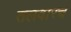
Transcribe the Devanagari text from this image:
तलवारच